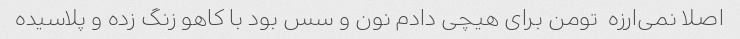
اصلا نمی‌ارزه  تومن برای هیچی دادم نون و سس بود با کاهو زنگ زده و پلاسیده